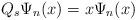
LaTeX: \begin{align*}Q_s\Psi_n(x)=x\Psi_n(x)\end{align*}